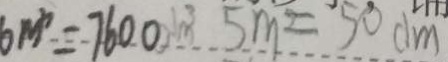
6 m ^ { 3 } = 7 6 0 0 m ^ { 3 } 5 m = 5 0 d m